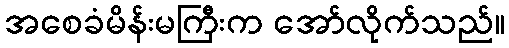
အစေခံမိန်းမကြီးက အော်လိုက်သည်။